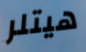
هيتلر